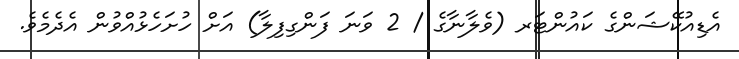
އެޑިއުކޭޝަންގެ ކައުންޓަރ (ވެލާނާގެ / 2 ވަނަ ފަންގިފިލާ) އަށް ހުށަހެޅުއްވުން އެދެމެވެ.